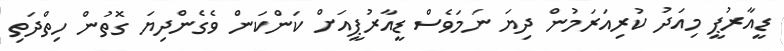
ޑީއާރުޕީ މިއަދު ކުރިއަރަމުން ދިޔަ ނަމަވެސް ޑީއާރުޕީއަށް ކަންކަން ވެގެންދިޔަ ގޮތުން ހިތްދަތި